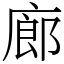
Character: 廊